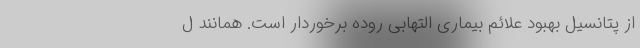
از پتانسیل بهبود علائم بیماری التهابی روده برخوردار است. همانند ل